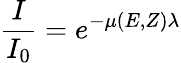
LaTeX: \frac{I}{I_{0}}=e^{-\mu(E,Z)\lambda}